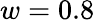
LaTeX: w=0.8